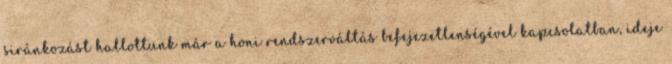
siránkozást hallottunk már a honi rendszerváltás befejezetlenségével kapcsolatban, ideje